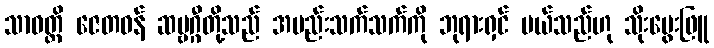
သာဝတ္ထိ ဇေတဝန် ဆဗ္ဗဂ္ဂီတို့သည် အမည်းသက်သက်ကို ဘုရားရှင် ပယ်သည်ဟု သိုးမွေးဖြူ